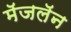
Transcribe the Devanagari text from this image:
मॅजलॅन